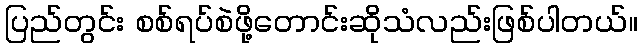
ပြည်တွင်း စစ်ရပ်စဲဖို့တောင်းဆိုသံလည်းဖြစ်ပါတယ်။